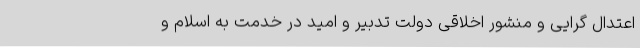
‌اعتدال گرایی و منشور اخلاقی دولت تدبیر و امید در خدمت به اسلام و